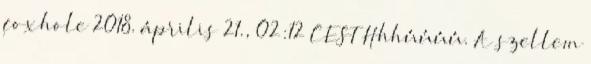
foxhole 2018. április 21., 02:12 CEST Hhhúúúú. A szellem